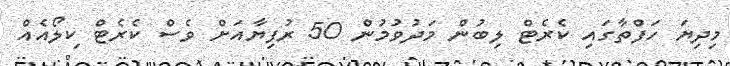
މިދިޔަ ހަފްތާގައި ކެރެޓް ލިބުން މަދުވުމުން 50 ރުފިޔާއަށް ވެސް ކެރެޓް ކިލޯއެއް